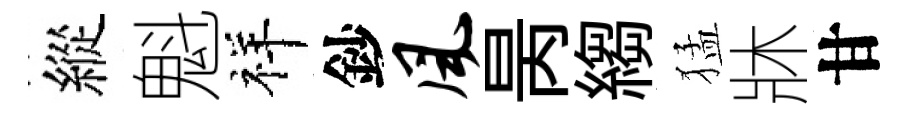
縱魁祥鈔风昺縐猛牀甘